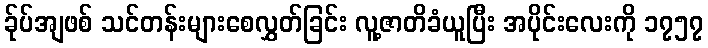
ခ်ုပ်အျဖစ် သင်တန်းများစေလွှတ်ခြင်း လူ့ဇာတိခံယူပြီး အပိုင်းလေးကို ၁၇၅၇